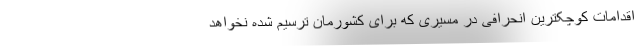
اقدامات کوچکترین انحرافی در مسیری که برای کشورمان ترسیم شده نخواهد